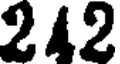
212